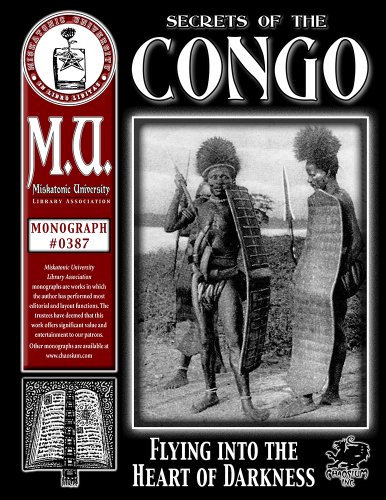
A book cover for Secrets of the Congo (M.U. Library Assn. monograph, Call of Cthulhu #0387); Fredholm Von Essen Michael; Science Fiction & Fantasy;